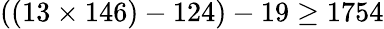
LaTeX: ((13\times 146)-124)-19\geq 1754